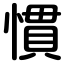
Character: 慣